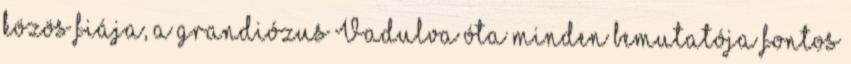
közös fiája, a grandiózus Vadulva óta minden bemutatója fontos